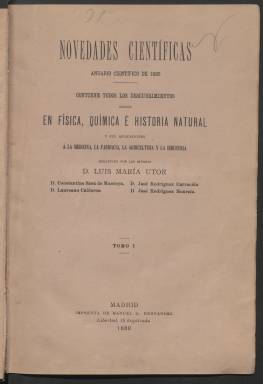
Título: Novedades científicas
Otros títulos: Anuario científico
Colección: Ciencias
Ámbito geográfico: Madrid
Lugar de publicación: Madrid
Fechas: 01/01/1880-31/12/1881